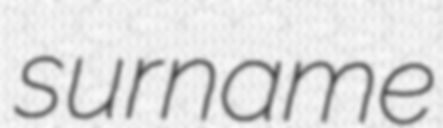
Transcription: surname